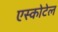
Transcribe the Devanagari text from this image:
एस्कोटेल